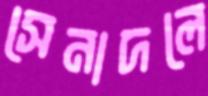
সেনাদলে